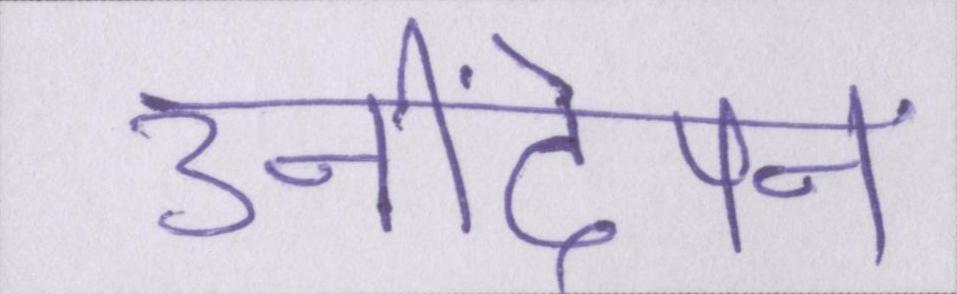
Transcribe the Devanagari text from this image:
उनींदेपन